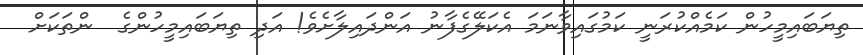
ތިޔަބައިމީހުން ކަމެއްކުރަނީ ކަމުގައިވާނަމަ އެކަލޭގެފާނު އަންދައިލާށެވެ! އަދި ތިޔަބައިމީހުންގެ  ންތަކަށް